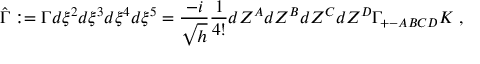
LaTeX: \hat { \Gamma } : = \Gamma d \xi ^ { 2 } d \xi ^ { 3 } d \xi ^ { 4 } d \xi ^ { 5 } = \frac { - i } { \sqrt { h } } \frac { 1 } { 4 ! } d Z ^ { A } d Z ^ { B } d Z ^ { C } d Z ^ { D } \Gamma _ { + - A B C D } K ~ ,